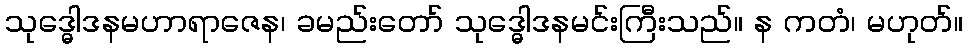
သုဒ္ဓေါဒနမဟာရာဇေန၊ ခမည်းတော် သုဒ္ဓေါဒနမင်းကြီးသည်။ န ကတံ၊ မဟုတ်။